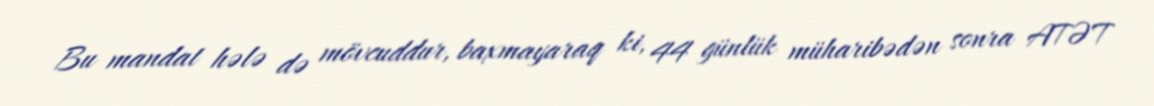
Bu mandat hələ də mövcuddur, baxmayaraq ki, 44 günlük müharibədən sonra ATƏT